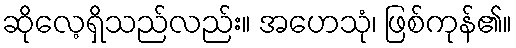
ဆိုလေ့ရှိသည်လည်း။ အဟေသုံ၊ ဖြစ်ကုန်၏။